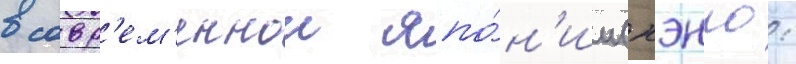
в совр'ем'еннои япо́н'ии (нэнго: